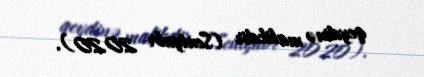
qeydinə malikdir (Sentyabr 2020).